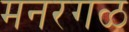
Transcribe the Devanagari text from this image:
मनरगळ